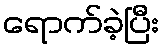
ရောက်ခဲ့ပြီး